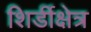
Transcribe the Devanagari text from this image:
शिर्डीक्षेत्र